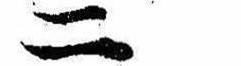
二